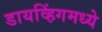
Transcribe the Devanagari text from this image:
डायव्हिंगमध्ये